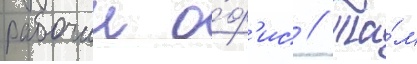
рабочии о́ф'ис // Та́м